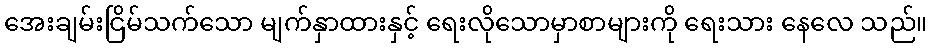
အေးချမ်းငြိမ်သက်သော မျက်နှာထားနှင့် ရေးလိုသောမှာစာများကို ရေးသား နေလေ သည်။